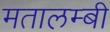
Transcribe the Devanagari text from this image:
मतालम्बी